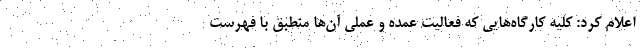
اعلام کرد: کلیه کارگاه‌هایی که فعالیت عمده و عملی آن‌ها منطبق با فهرست